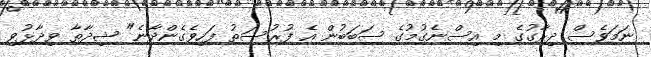
ނަމަވެސް ދިރާގުގެ މި އިސްނެގުމުގެ ސަބަބުން އެ ފުރުސަތު ފަހިވެގެންދާނެ" ޝިދާތާ ވިދާޅުވި